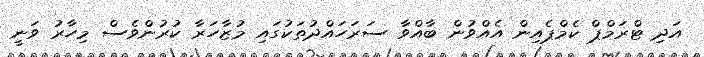
އަދި ޓްރަމްޕް ކެމްޕެއިން އެއްވުން ބާއްވާ ސަރަހައްދުތަކުގައި މުޒާހަރާ ކުރުންވެސް މިހާރު ވަނީ